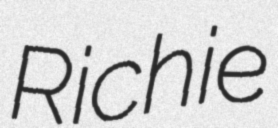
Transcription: Richie